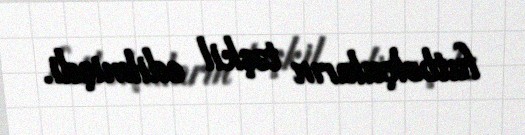
futbolçuların təşkil edilmişdi.